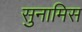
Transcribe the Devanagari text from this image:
सुनामिस